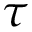
\tau